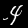
Digit: 4